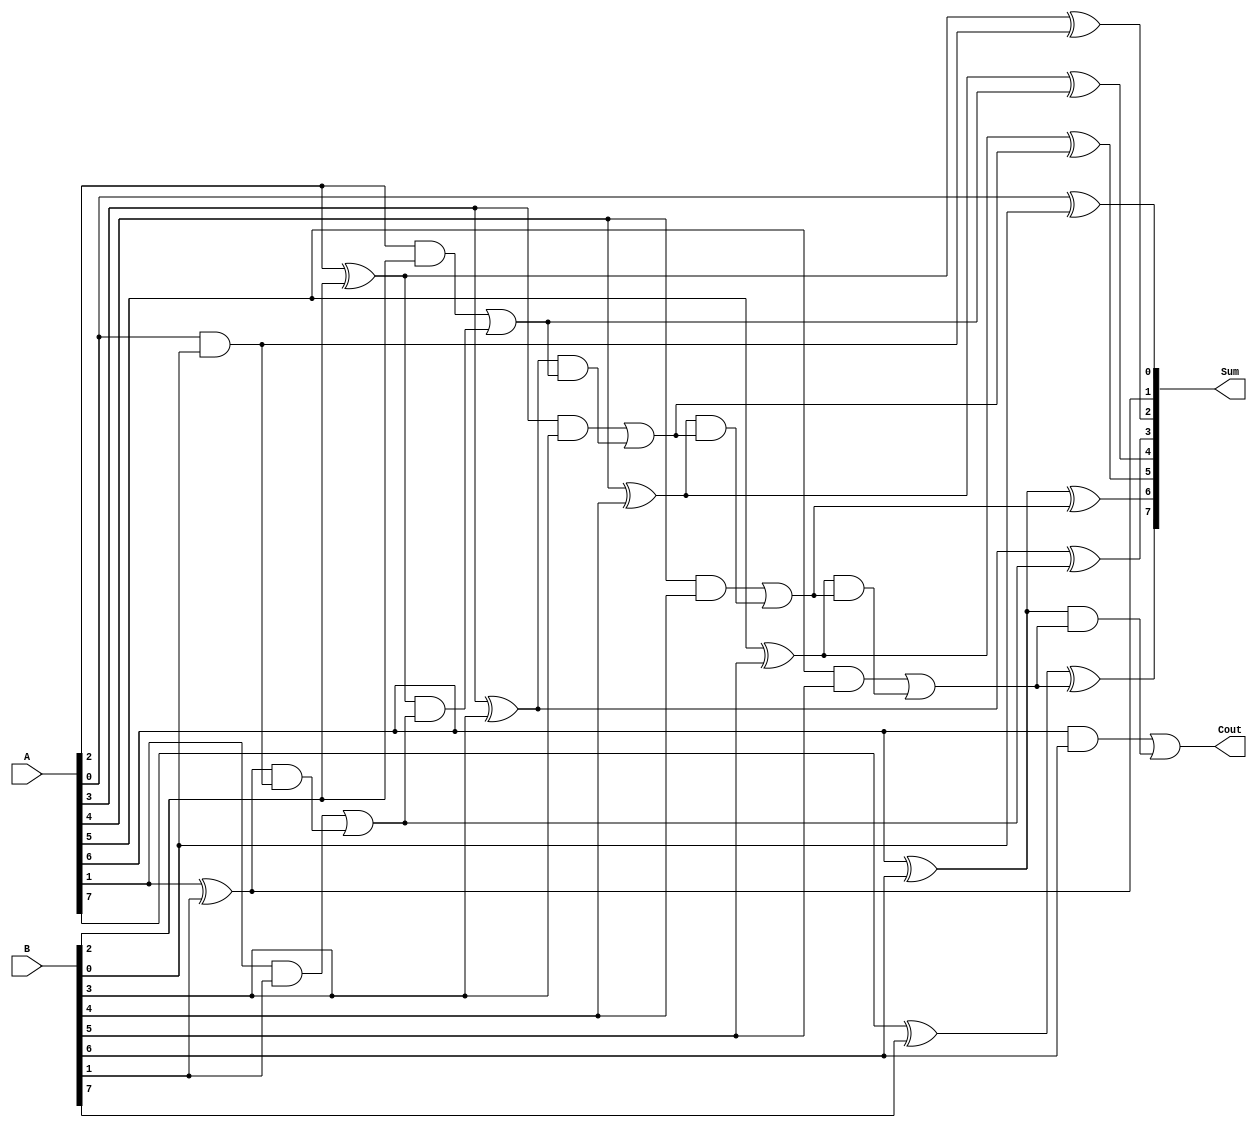
module CarrySkipLookAheadAdder #(
    parameter N = 8
)(
    input [N-1:0] A,
    input [N-1:0] B,
    output [N-1:0] Sum,
    output Cout
);

wire [N:0] P, G, C;

assign P[0] = 1'b0;
assign G[0] = 1'b0;
assign C[0] = 1'b0;

genvar i;
generate
    for (i = 0; i < N; i = i + 1) begin : carry_propagate_generate
        assign P[i+1] = A[i] ^ B[i];
        assign G[i+1] = A[i] & B[i];
        assign C[i+1] = G[i] | (P[i] & C[i]);

        assign Sum[i] = A[i] ^ B[i] ^ C[i];
    end
endgenerate

assign Cout = C[N];

endmodule